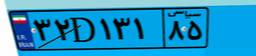
۳۲D۱۳۱۸۵